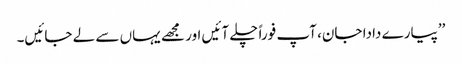
’’پیارے دادا جان، آپ فوراً چلے آئیں اور مجھے یہاں سے لے جائیں۔